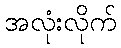
အလုံးလိုက်